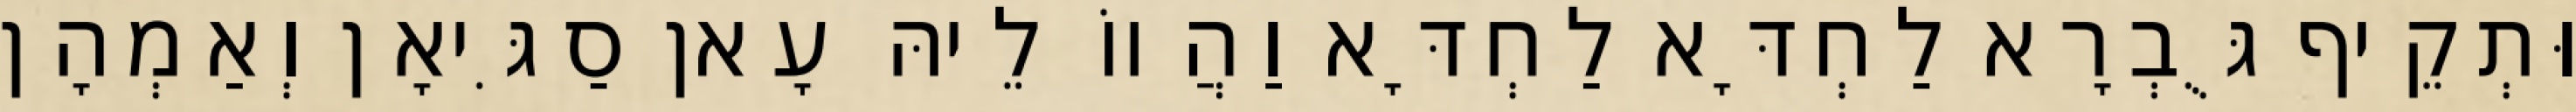
וּתְקֵיף גֻּבְרָא לַחְדָּא לַחְדָּא וַהֲווֹ לֵיהּ עָאן סַגִּיאָן וְאַמְהָן